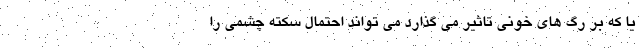
یا که بر رگ های خونی تاثیر می گذارد می تواند احتمال سکته چشمی را